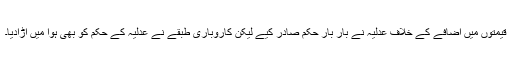
قیمتوں میں اضافے کے خلاف عدلیہ نے بار بار حکم صادر کیے لیکن کاروباری طبقے نے عدلیہ کے حکم کو بھی ہوا میں اڑادیا۔